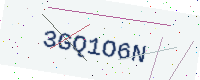
Text: 3GQ1O6N